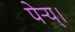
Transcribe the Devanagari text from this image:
पेर्‍य्।